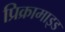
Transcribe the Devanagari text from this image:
प्रिक्रामाइड